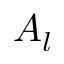
A _ { l }